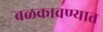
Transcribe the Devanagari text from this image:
बळकावण्यात